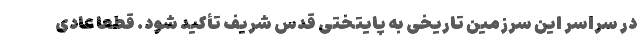
در سراسر این سرزمین تاریخی به پایتختی قدس شریف تأکید شود. قطعاً عادی